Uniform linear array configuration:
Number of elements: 48
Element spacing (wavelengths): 0.75
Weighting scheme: hann
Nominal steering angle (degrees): -60
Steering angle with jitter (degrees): -58.2
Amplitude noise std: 0.05
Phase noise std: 0.05

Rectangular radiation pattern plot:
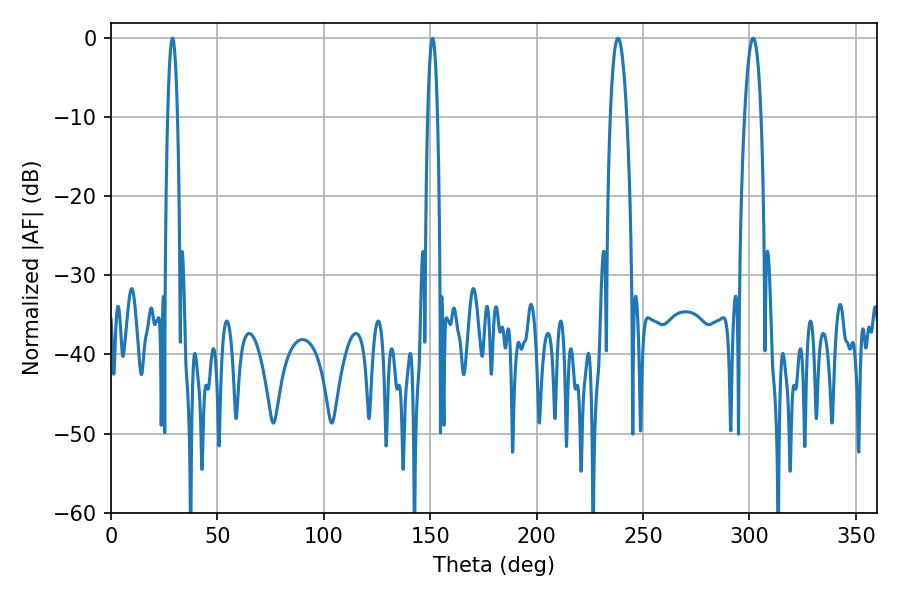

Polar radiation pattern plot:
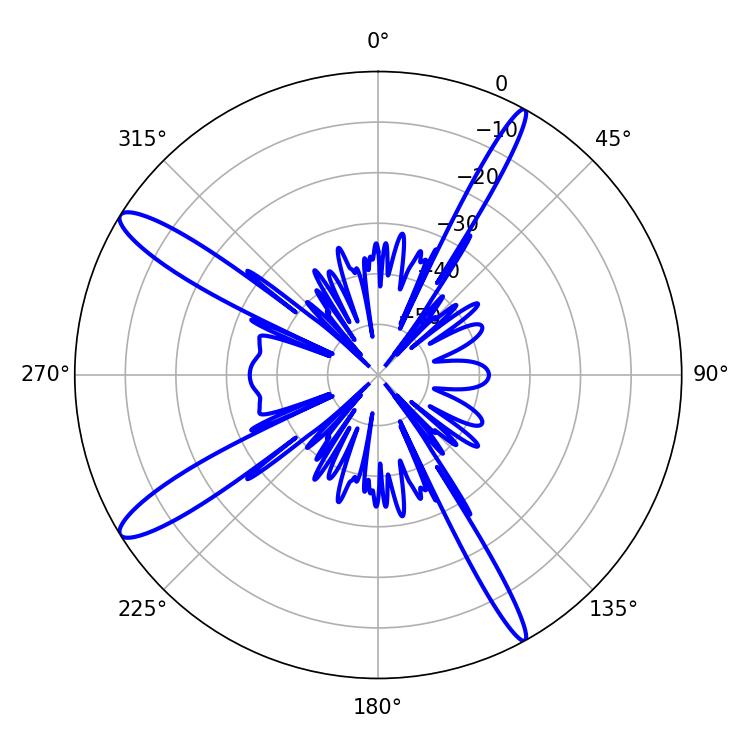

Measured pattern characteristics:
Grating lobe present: TRUE
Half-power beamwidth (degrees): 4.32
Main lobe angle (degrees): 238.14